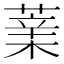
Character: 𦸯